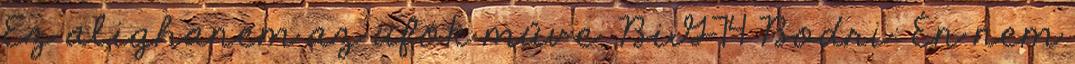
Ez alighanem az ufók műve. BiG74 Bodri: Én nem